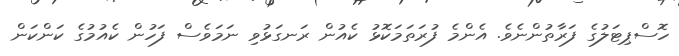
ހޮސްޕިޓަލުގެ ފަރާތުންނެވެ. އެންމެ ފުރަތަމަކޮޅު ކެއުން ރަނގަޅުވި ނަމަވެސް ފަހުން ކެއުމުގެ ކަންކަން